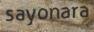
sayonara